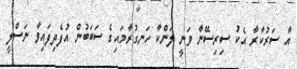
އާ ސަރުކާރާ އެކު ސިރިސޭނާ ވަނީ ލަންކާ ހަނގުރާމައިގެ ސަބަބުން އުފެދިފައިވާ ނަސްލީ